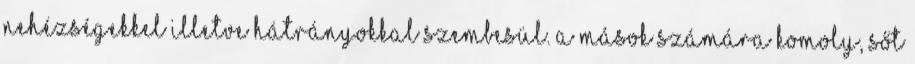
nehézségekkel illetve hátrányokkal szembesül. A mások számára komoly, sőt